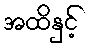
အထိနှင့်